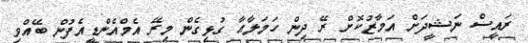
ރައީސް ނަޝީދަށް އަމާޒުކޮށް ރޭ ދިން ހަމަލާއާ ގުޅިގެން މިރޭ އެމްއެންޑީއެފުން ބޭއްވި